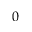
0